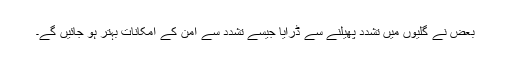
بعض نے گلیوں میں تشدد پھیلنے سے ڈرایا جیسے تشدد سے امن کے امکانات بہتر ہو جائیں گے۔